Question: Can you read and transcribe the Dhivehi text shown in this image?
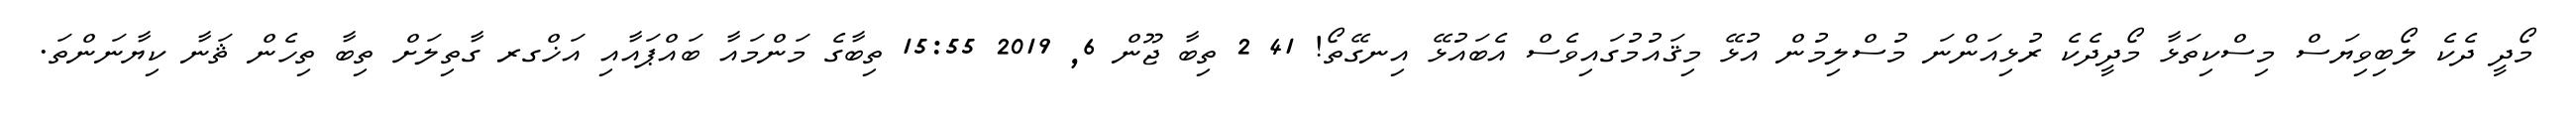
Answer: މޯދީ ދެކެ ލޯބިވިޔަސް މިސްކިތަޅާ މޯދީދެކެ ރުޅިއަންނަ މުސްލިމުން އުޅޭ މިޤައުމުގައިވެސް އެބައުޅޭ އިނގޭތޯ! 41 2 ތިބާ ޖޫން 6, 2019 15:55 ތިބާގެ މަންމައާ ބައްޕައާއި އަޚްގރ ގާތިލަށް ތިބާ ތިހެން ޘަނާ ކިޔާނަންތަ.